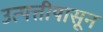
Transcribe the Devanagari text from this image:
उत्पत्तीपासून